Leaving Certificate Examination, 1912
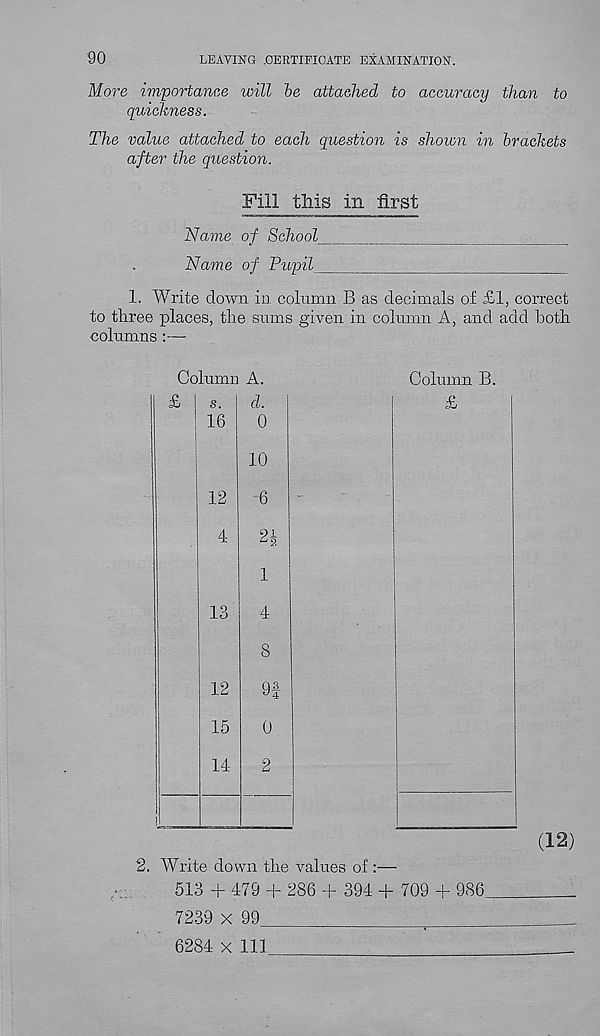
90
LEAVING .CERTIFICATE EXAMINATION.
More importance will be attached to accuracy than to
quickness.
The value attached^ to each question is shown in brackets
after the question.
Fill tills in first
Name of School
Name of Pupil
1. Write down in column B as decimals of £1, correct
to three places, the stuns given in column A, and add both
columns :—
Column A.
Column B.
2. Write down the values of :—
513 + 479 + 286 + 394 + 709 + 9S6.
7239 x 99
^
6284 x 111
(12)